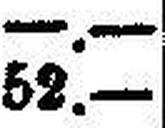
52.—